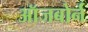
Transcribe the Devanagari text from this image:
ऑजबोर्न